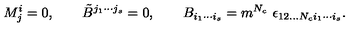
M _ { j } ^ { i } = 0 , \qquad \tilde { B } ^ { j _ { 1 } \cdots j _ { s } } = 0 , \qquad B _ { i _ { 1 } \cdots i _ { s } } = m ^ { N _ { c } } \ \epsilon _ { 1 2 . . . N _ { c } i _ { 1 } \cdots i _ { s } } .